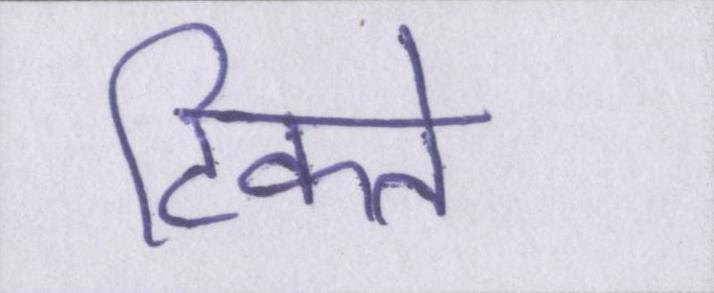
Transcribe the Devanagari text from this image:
टिकते